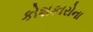
કોશકારોના